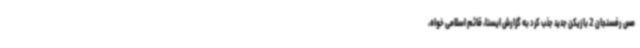
مس رفسنجان 2 بازیکن جدید جذب کرد به گزارش ایسنا، قائم اسلامی خواه،